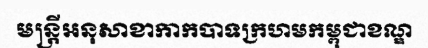
មន្ត្រីអនុសាខាកាកបាទក្រហមកម្ពុជាខណ្ឌ